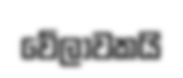
වේලාවකයි